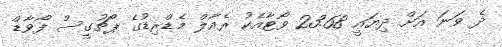
ދެ ވަނަ އަށް ދިޔައީ 23.68 ވޯޓާއެކު ރެއާލް މެޑްރިޑުގެ ޕޯޗުގީސް ފޯވާޑް